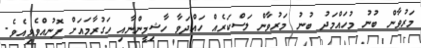
މަރުވާން ބުނު މުހައްމަދު ބުނު މަރުވާން ލަސްކަރެއް ހައްދަވާ ހާޝިމީންނާއި ހަގުރާމައަށް ފޮނުއްވެވިއެވެ.